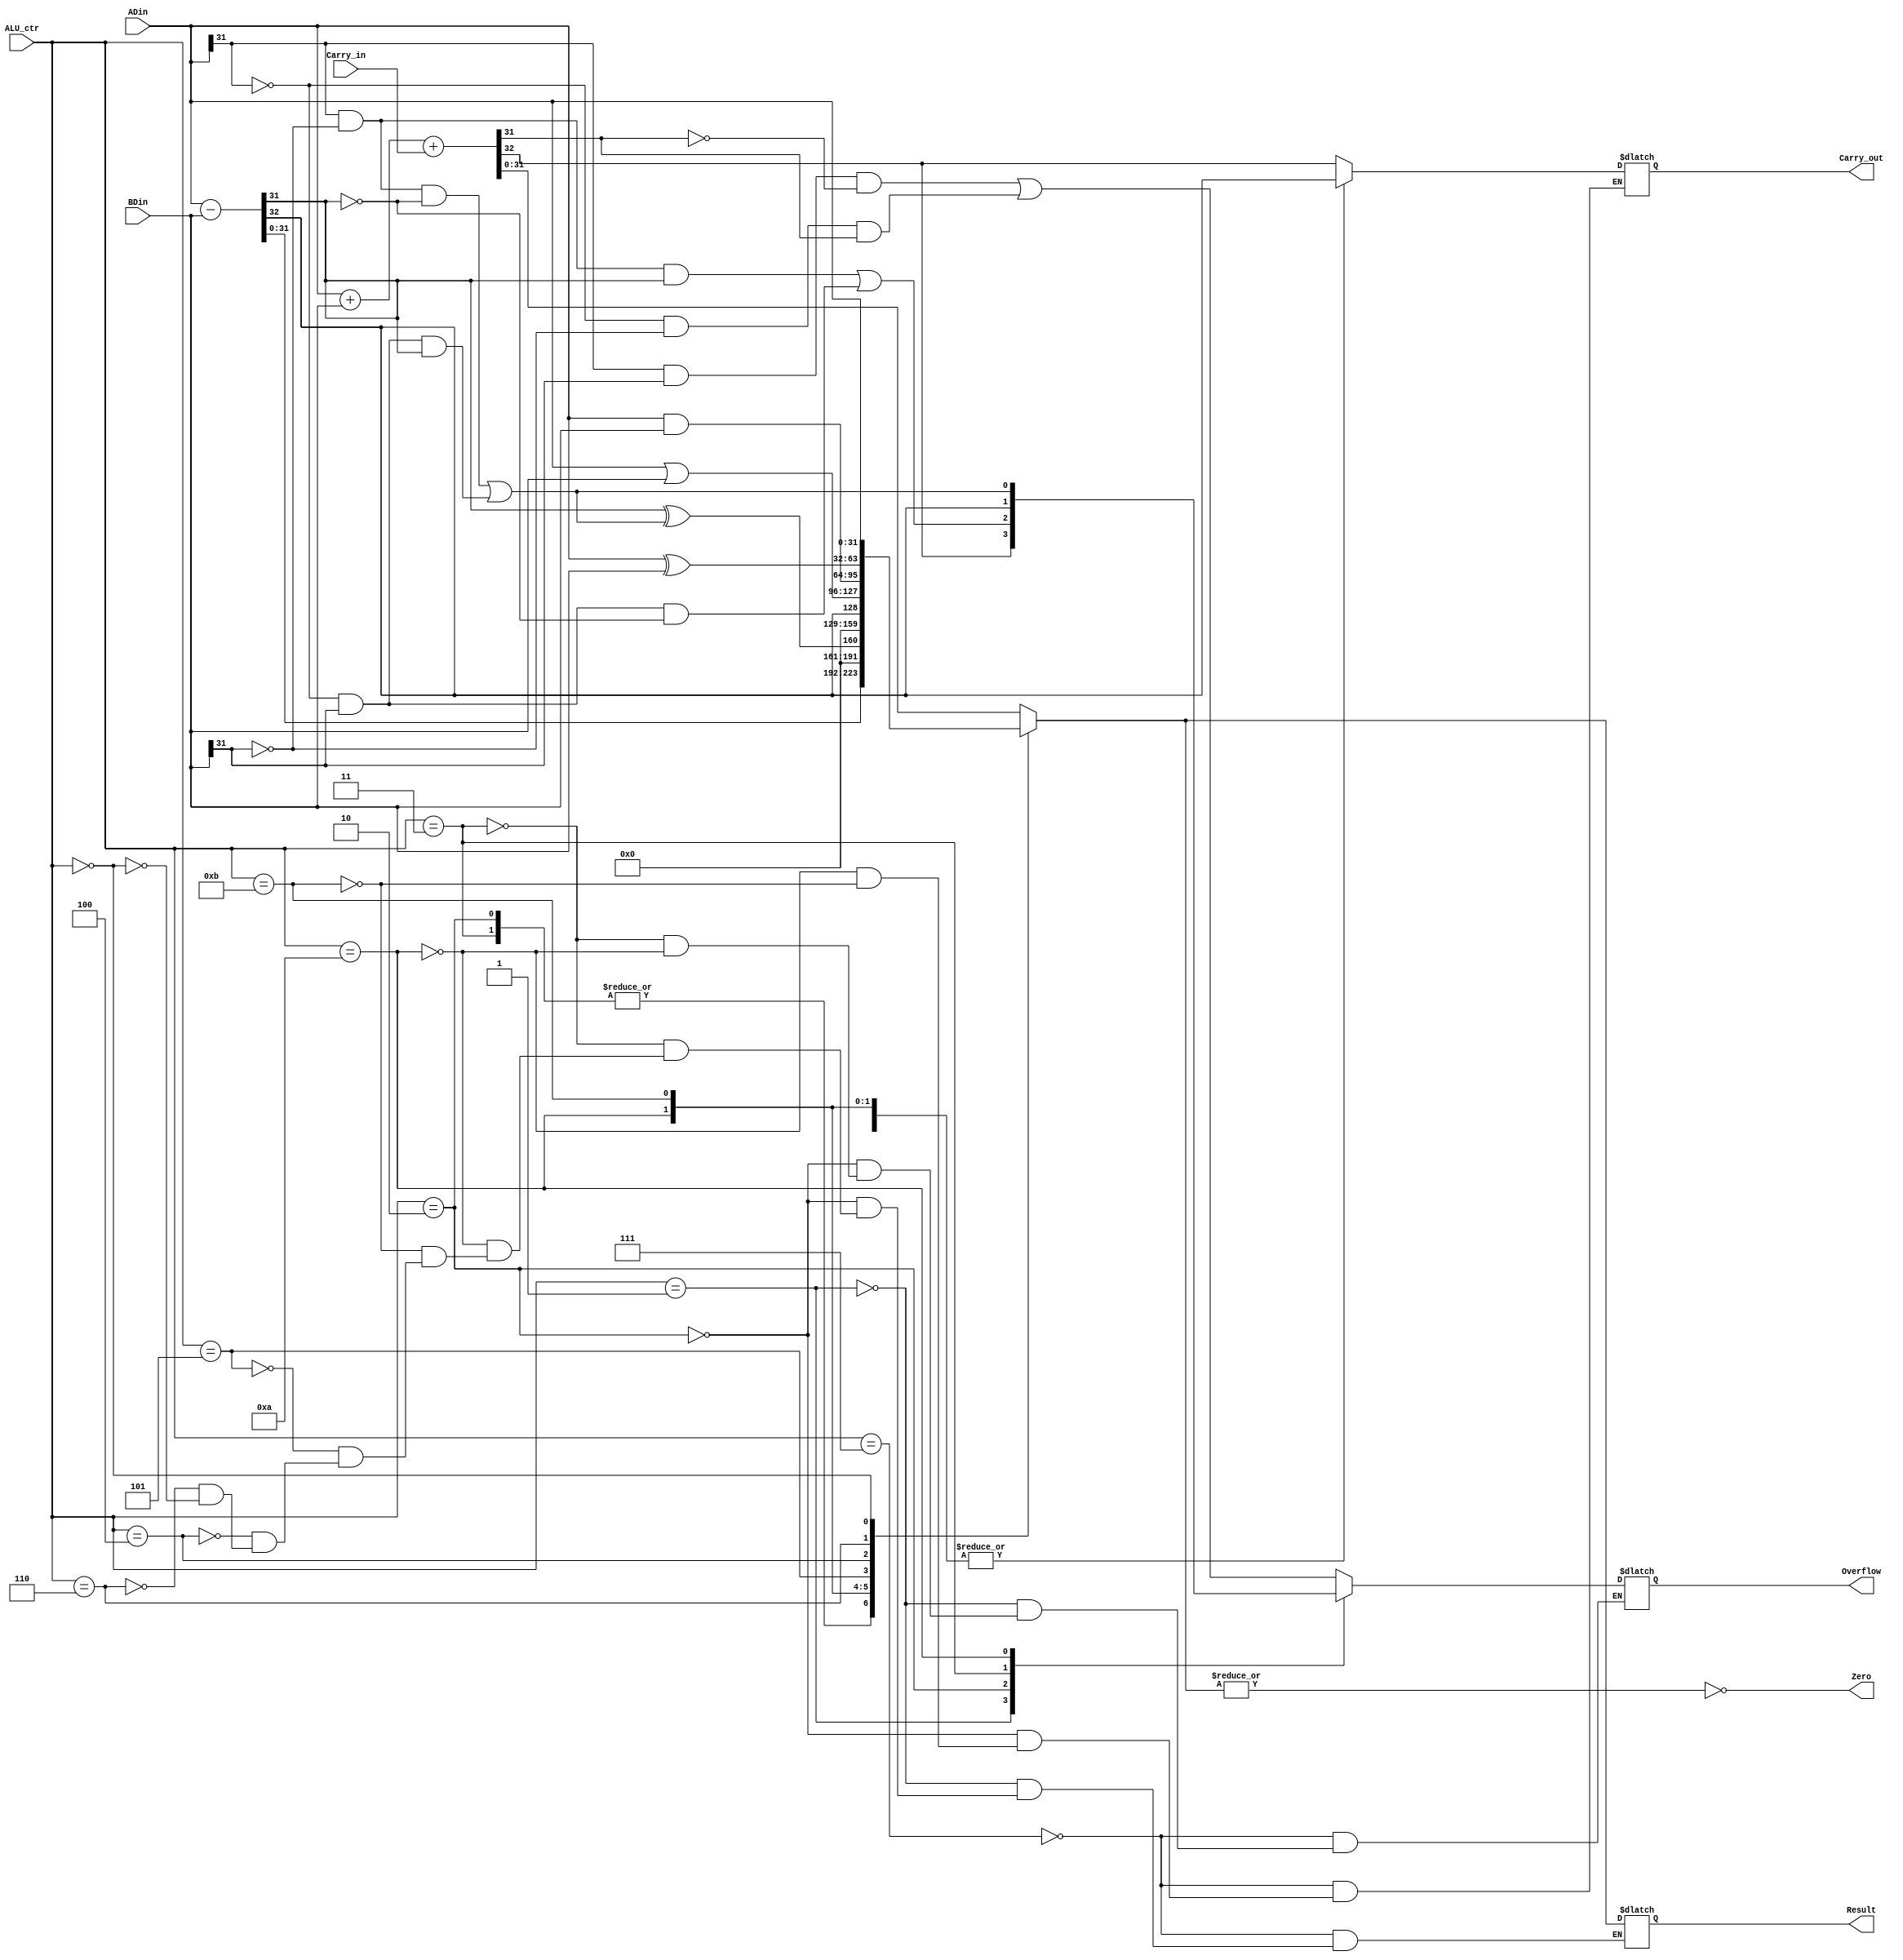
// ------------------------------------------------------------------------ //
// Texas A&M University                                                     //
// CPSC350 Computer Architecture                                            //
//                                                                          //
// $Id: ALU_behav.v,v 1.3 2002/11/14 16:06:04 miket Exp miket $             //
//                                                                          //
// ------------------------------------------------------------------------ //

// ------------------------------------------------------------------------ //
// Behavioral Verilog Module for a MIPS-like ALU                            //
// -- In continuous and procedure assignments Verilog extends the smaller   //
// operands by replicating their MSB, if it is equal to x, z; otherwise     //
// operends them with 0's. Arithmetic is interpreted as 2's C               //
// -- regs are considered as unsigned bit-vectors but the all arithmetic    //
// is done in 2's complement.                                               //
// At ALU instatiation time parameter n determines the ALU bit-size         //
// ------------------------------------------------------------------------ //

// repetoire of operations for ALU, selected by ALU_ctr (change at will)
`define ADD  4'b0111 // 2's compl add
`define ADDU 4'b0001 // unsigned add
`define SUB  4'b0010 // 2's compl subtract
`define SUBU 4'b0011 // unsigned subtract
`define AND  4'b0100 // bitwise AND
`define OR   4'b0101 // bitwise OR
`define XOR  4'b0110 // bitwise XOR
`define SLT  4'b1010 // set result=1 if less than 2's compl
`define SLTU 4'b1011 // set result=1 if less than unsigned
`define NOP  4'b0000 // do nothing

module ALU_behav( ADin, BDin, ALU_ctr, Result, Overflow, Carry_in, Carry_out, Zero ); 

   parameter n = 32, Ctr_size = 4;

   input Carry_in;
   input [Ctr_size-1:0] ALU_ctr;
   input [n-1:0] 	ADin, BDin;
   output [n-1:0] 	Result;
   reg [n-1:0] 		Result, tmp;
   output Carry_out, Overflow, Zero;
   reg Carry_out, Overflow, Zero;

   always @(ALU_ctr or ADin or BDin or Carry_in)
     begin
	 case(ALU_ctr)
	   `ADD:  begin
	      {Carry_out, Result} = ADin + BDin + Carry_in;
	      Overflow = ADin[n-1] & BDin[n-1] & ~Result[n-1]
			 | ~ADin[n-1] & ~BDin[n-1] & Result[n-1];
	   end
	   `ADDU: {Overflow, Result} = ADin + BDin + Carry_in;
	   `SUB:  begin
	      {Carry_out, Result} = ADin - BDin;
	      Overflow = ADin[n-1] & ~BDin[n-1] & Result[n-1]
			 | ~ADin[n-1] & BDin[n-1] & ~Result[n-1];
	   end
	   `SUBU: {Overflow, Result} = ADin - BDin;
	   `SLT:  begin
	      {Carry_out, tmp} = ADin - BDin;
	      Overflow = ADin[n-1] & ~BDin[n-1] & ~tmp[n-1] 
			 | ~ADin[n-1] & BDin[n-1] & tmp[n-1];
	      $display("SLT:- [%d] tmp = %d [%b]; Cout=%b, Ovf=%b; A=%d, B=%d",
		       $time, tmp, tmp, Carry_out, Overflow, ADin, BDin );
	      
	      Result = tmp[n-1] ^ Overflow;
	      $display("SLT:+R=%d [%b]", Result, Result );

	   end
	   `SLTU: begin
	      {Carry_out, tmp} = ADin - BDin;
	      $display("SLTU:- [%d] tmp = %d [%b]; Cout=%b, Ovf=%b; A=%d, B=%d",
		       $time, tmp, tmp, Carry_out, Overflow, ADin, BDin );
	      Result = Carry_out;
	      $display("SLTU:+R=%d [%b]", Result, Result );
	   end
	   `OR :  Result = ADin | BDin;
	   `AND:  Result = ADin & BDin;
	   `XOR:  Result = ADin ^ BDin;
	   `NOP:  Result = ADin;
	 endcase
	 
	 Zero = ~| Result;  // Result = 32'b0
      end
endmodule

// this is a test bench to test the ALU in isolation (without fetching instructions from instruction memory)
// uncomment it only when you are testing

// module TestALU;

   // parameter n = 32, Ctr_size = 4;

   // reg [n-1:0] A, B, T;
   // wire [n-1:0]  R, tt;
   // reg 	       Carry_in;
   // wire        Carry_out, Overflow, Zero;
   
   // reg [Ctr_size-1:0] ALU_ctr;

   // integer 	      num;
   
   // ALU_behav ALU( A, B, ALU_ctr, R, Overflow, Carry_in, Carry_out, Zero );
   
   // always @( R or Carry_out or Overflow or Zero )
      // begin
	 // $display("%0d\tA = %0d B = %0d; R = %0d; Cout = %b Ovfl = %b Zero = %b OP = %b n = %d",  $time, A, B, R, Carry_out, Overflow, Zero, ALU_ctr, num );  
	 // num = num + 1;
      // end
   
   // initial begin
      // #0 num = 0; Carry_in = 0; 
      // #1 A = 101; B = 0; ALU_ctr = `NOP;
      // #10 A = 10; B = 10; ALU_ctr = `ADD;
      // #10 A = 10; B = 20; ALU_ctr = `ADDU;
      // #10 A = 10; B = 20; ALU_ctr = `SLT;
      // #10 A = 10; B = 20; ALU_ctr = `SLTU;
      // #10 A = 32'hffffffff; B = 1; ALU_ctr = `ADDU;
      // #10 A = 10; B = 10; ALU_ctr = `ADDU;
      // #10 A = 10; B = 10; ALU_ctr = `SUB;
      // #10 A = 1; B = 1; ALU_ctr = `SUBU;
      // #10 A = 10; B = 10; ALU_ctr = `SUB;
      // #10 A = 10; B = 10; ALU_ctr = `SUBU;
      // #10 A = -13; B = -12; ALU_ctr = `SLT;
      // #100 $finish;
   // end
// endmodule